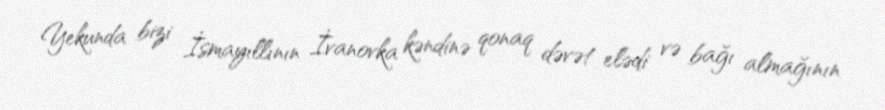
Yekunda bizi İsmayıllının İvanovka kəndinə qonaq dəvət elədi və bağı almağının